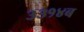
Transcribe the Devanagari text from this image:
३३१४ब